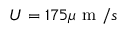
U = 1 7 5 \mu \mathrm { ~ m ~ } / s